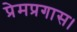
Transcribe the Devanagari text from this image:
प्रेमप्रगास।